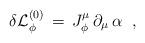
LaTeX: \begin{align*}\delta {\cal L}^{(0)}_{\phi}\,=\,J^{\mu}_{\phi}\,\partial_{\mu}\,\alpha\;\;,\end{align*}